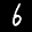
Label: 6